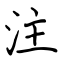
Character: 注